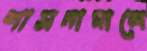
শাসনামালে